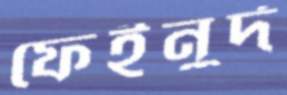
ফেইনুর্দ